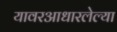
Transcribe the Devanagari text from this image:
यावरआधारलेल्या